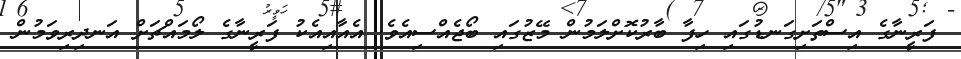
ފަރީނާގެ އިސްތަށިގަނޑުގައި ހިފާ ބާރުކޮށްލަމުން މޭޒުގައި ބޯޖެއްސިއެވެ. އެއާއިއެކު ފަރީނާގެ ލޯމައްޗަށް އަނދިރިވަމުން